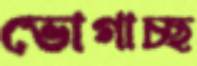
ভোগাচ্ছ